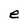
Character: e